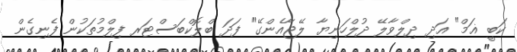
ކަބީ ޣަމް" އަދި ދިލްވާލޭ ދުލްހަނިޔާ ލޭޖާއެންގޭ" ފަދަ ބްލޮކްބަސްޓަރ ފިލްމުތަކުން ފެނިގެން